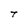
Character: t